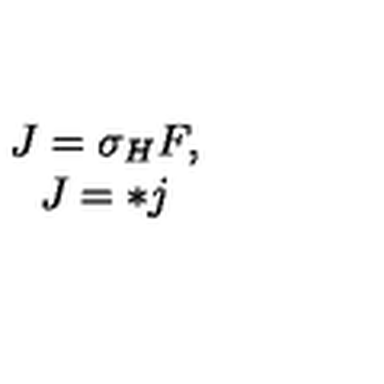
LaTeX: \begin{array} { c } { J = \sigma _ { H } F , } \\ { J = * j } \\ \end{array}